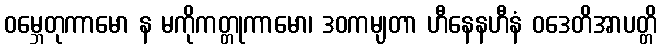
ဝမ္ဘေတုကာမော န မကိုကတ္တုကာမော၊ ဒဝကမျတာ ဟီနေနဟီနံ ဝဒေတိအာပတ္တိ